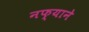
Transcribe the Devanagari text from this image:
नफ्याने